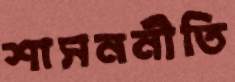
শাসননীতি